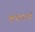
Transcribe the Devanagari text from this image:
कप्‍तानाने